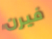
فيرن